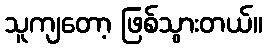
သူကျတော့ ဖြစ်သွားတယ်။